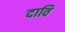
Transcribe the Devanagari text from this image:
दावि